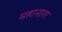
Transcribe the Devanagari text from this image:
महानागर